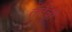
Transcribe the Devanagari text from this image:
तँतँची